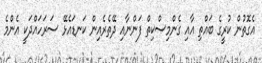
އެގޮތުން ކުރީގެ ބައްތި އާއި ގެންމިސްކިތް ފަންނާއި ދޭތެރެއިން ކަނޑައެޅޭ ސަރަހައްދަކީ އެންމެ